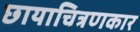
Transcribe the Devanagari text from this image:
छायाचित्रणकार